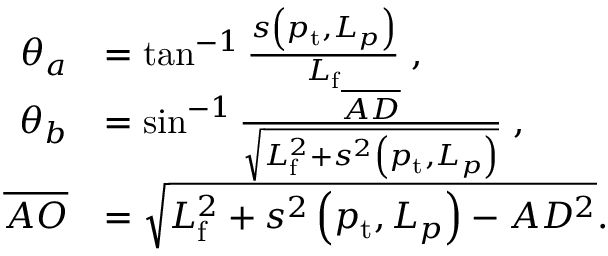
\begin{array} { r l } { \theta _ { a } } & { = \tan ^ { - 1 } \frac { s \left( p _ { \mathrm { t } } , L _ { p } \right) } { L _ { \mathrm { f } } } \; , } \\ { \theta _ { b } } & { = \sin ^ { - 1 } \frac { \overline { { A D } } } { \sqrt { L _ { \mathrm { f } } ^ { 2 } + s ^ { 2 } \left( p _ { \mathrm { t } } , L _ { p } \right) } } \; , } \\ { \overline { { A O } } } & { = \sqrt { L _ { \mathrm { f } } ^ { 2 } + s ^ { 2 } \left( p _ { \mathrm { t } } , L _ { p } \right) - A D ^ { 2 } } . } \end{array}